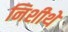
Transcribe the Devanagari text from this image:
निशीथे